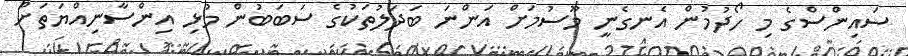
ސައިންސްގެ މި ހޯދުމުން އެނގެނީ މޫސުމަށް އަންނަ ބަދަލުތަކުގެ ސަބަބުން މުޅި އިންސާނިއްޔަތަށް